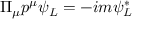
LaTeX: \Pi _ { \mu } p ^ { \mu } \psi _ { L } = - i m \psi _ { L } ^ { * }